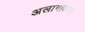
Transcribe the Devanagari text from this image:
अलागोआस